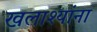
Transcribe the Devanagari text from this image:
खलाश्यांना